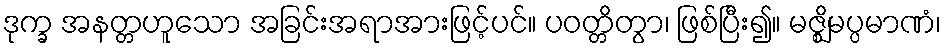
ဒုက္ခ အနတ္တဟူသော အခြင်းအရာအားဖြင့်ပင်။ ပဝတ္တိတွာ၊ ဖြစ်ပြီး၍။ မဇ္ဈိမပ္ပမာဏံ၊